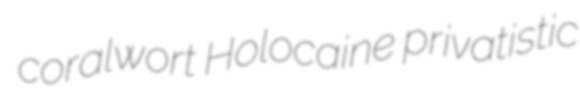
coralwort Holocaine privatistic